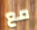
مع